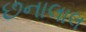
છનાલાલ